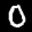
Label: 0